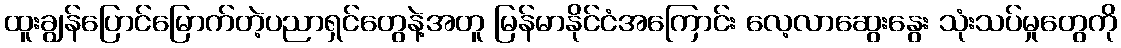
ထူးချွန်ပြောင်မြောက်တဲ့ပညာရှင်တွေနဲ့အတူ မြန်မာနိုင်ငံအကြောင်း လေ့လာဆွေးနွေး သုံးသပ်မှုတွေကို